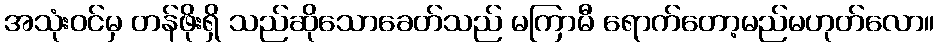
အသုံးဝင်မှ တန်ဖိုးရှိ သည်ဆိုသောခေတ်သည် မကြာမီ ရောက်တော့မည်မဟုတ်လော။